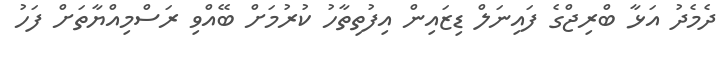
ދެމެދު އަޅާ ބްރިޖްގެ ފައިނަލް ޑިޒައިން އިފުތިތާހު ކުރުމަށް ބޭއްވި ރަސްމިއްޔާތަށް ފަހު